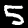
Digit: 5